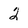
Character: 2